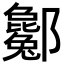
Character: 酁